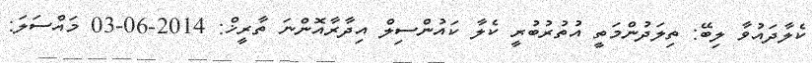
ކެލާދައުވާ ލިބޭ: ތިލަދުންމަތީ އުތުރުބުރީ ކެލާ ކައުންސިލް އިދާރާއޮންނަ ތާރީޚް: 2014-06-03 މައްސަލަ: